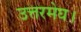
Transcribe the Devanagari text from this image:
उत्तरमेघ।